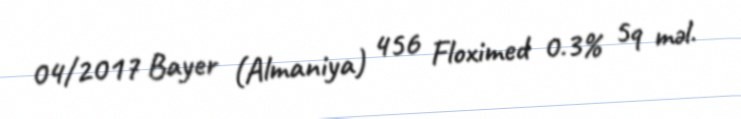
04/2017 Bayer (Almaniya) 456 Floximed 0.3% 5q məl.